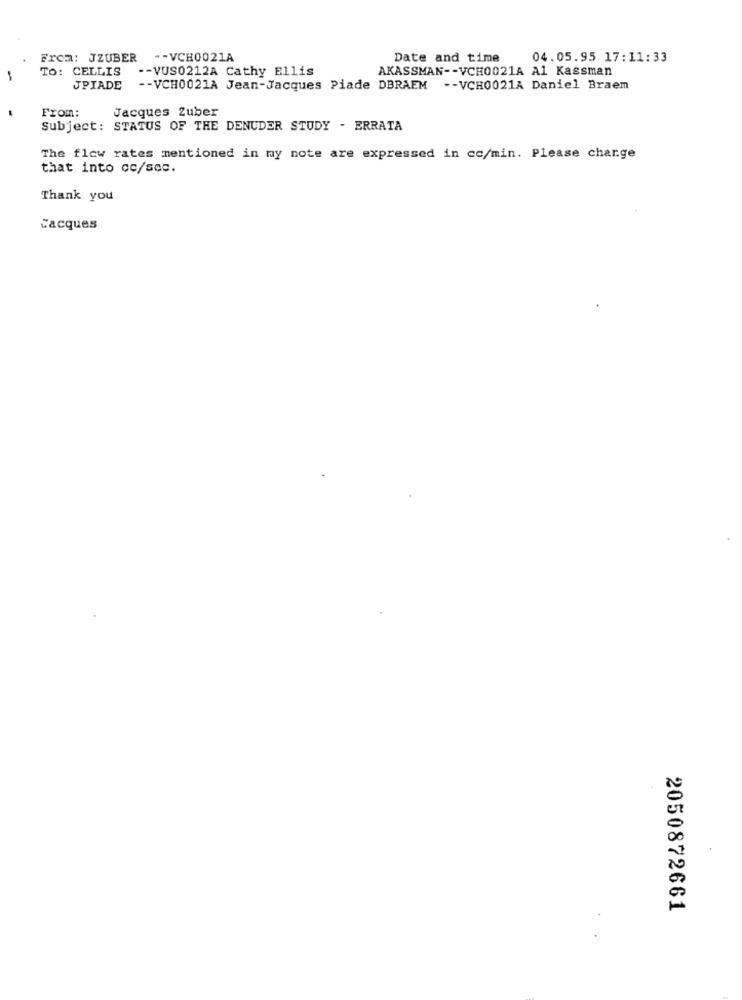
From: JZUBER
-- VCH0021A
Date and time
04.05.95 17:11:33
TO: CELLIS
-- VUS0212A Cathy Ellis
AKASSMAN -- VCH0021A A1 Kassman
JPIADE
-- VCH0021A Jean-Jacques Piade DBRAEM -- VCH0021A Daniel Braem
From:
Jacques Zuber
Subject: STATUS OF THE DENUDER STUDY - ERRATA
The flow rates mentioned in my note are expressed in co/min. Please charge
that into cc/sec.
Thank you
Cacques
2050872661